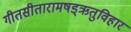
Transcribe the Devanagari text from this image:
गीतसीतारामषड्ऋतुविहार